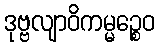
ဒုဗ္ဗလျာဝိကမ္မဉ္စေဝ